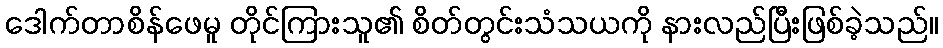
ဒေါက်တာစိန်ဖေမူ တိုင်ကြားသူ၏ စိတ်တွင်းသံသယကို နားလည်ပြီးဖြစ်ခဲ့သည်။